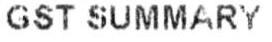
GST SUMMARY